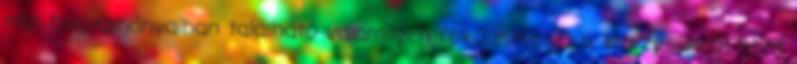
nép hagyományaiban található valamilyen fokú ismeret a létezésükről. Mint